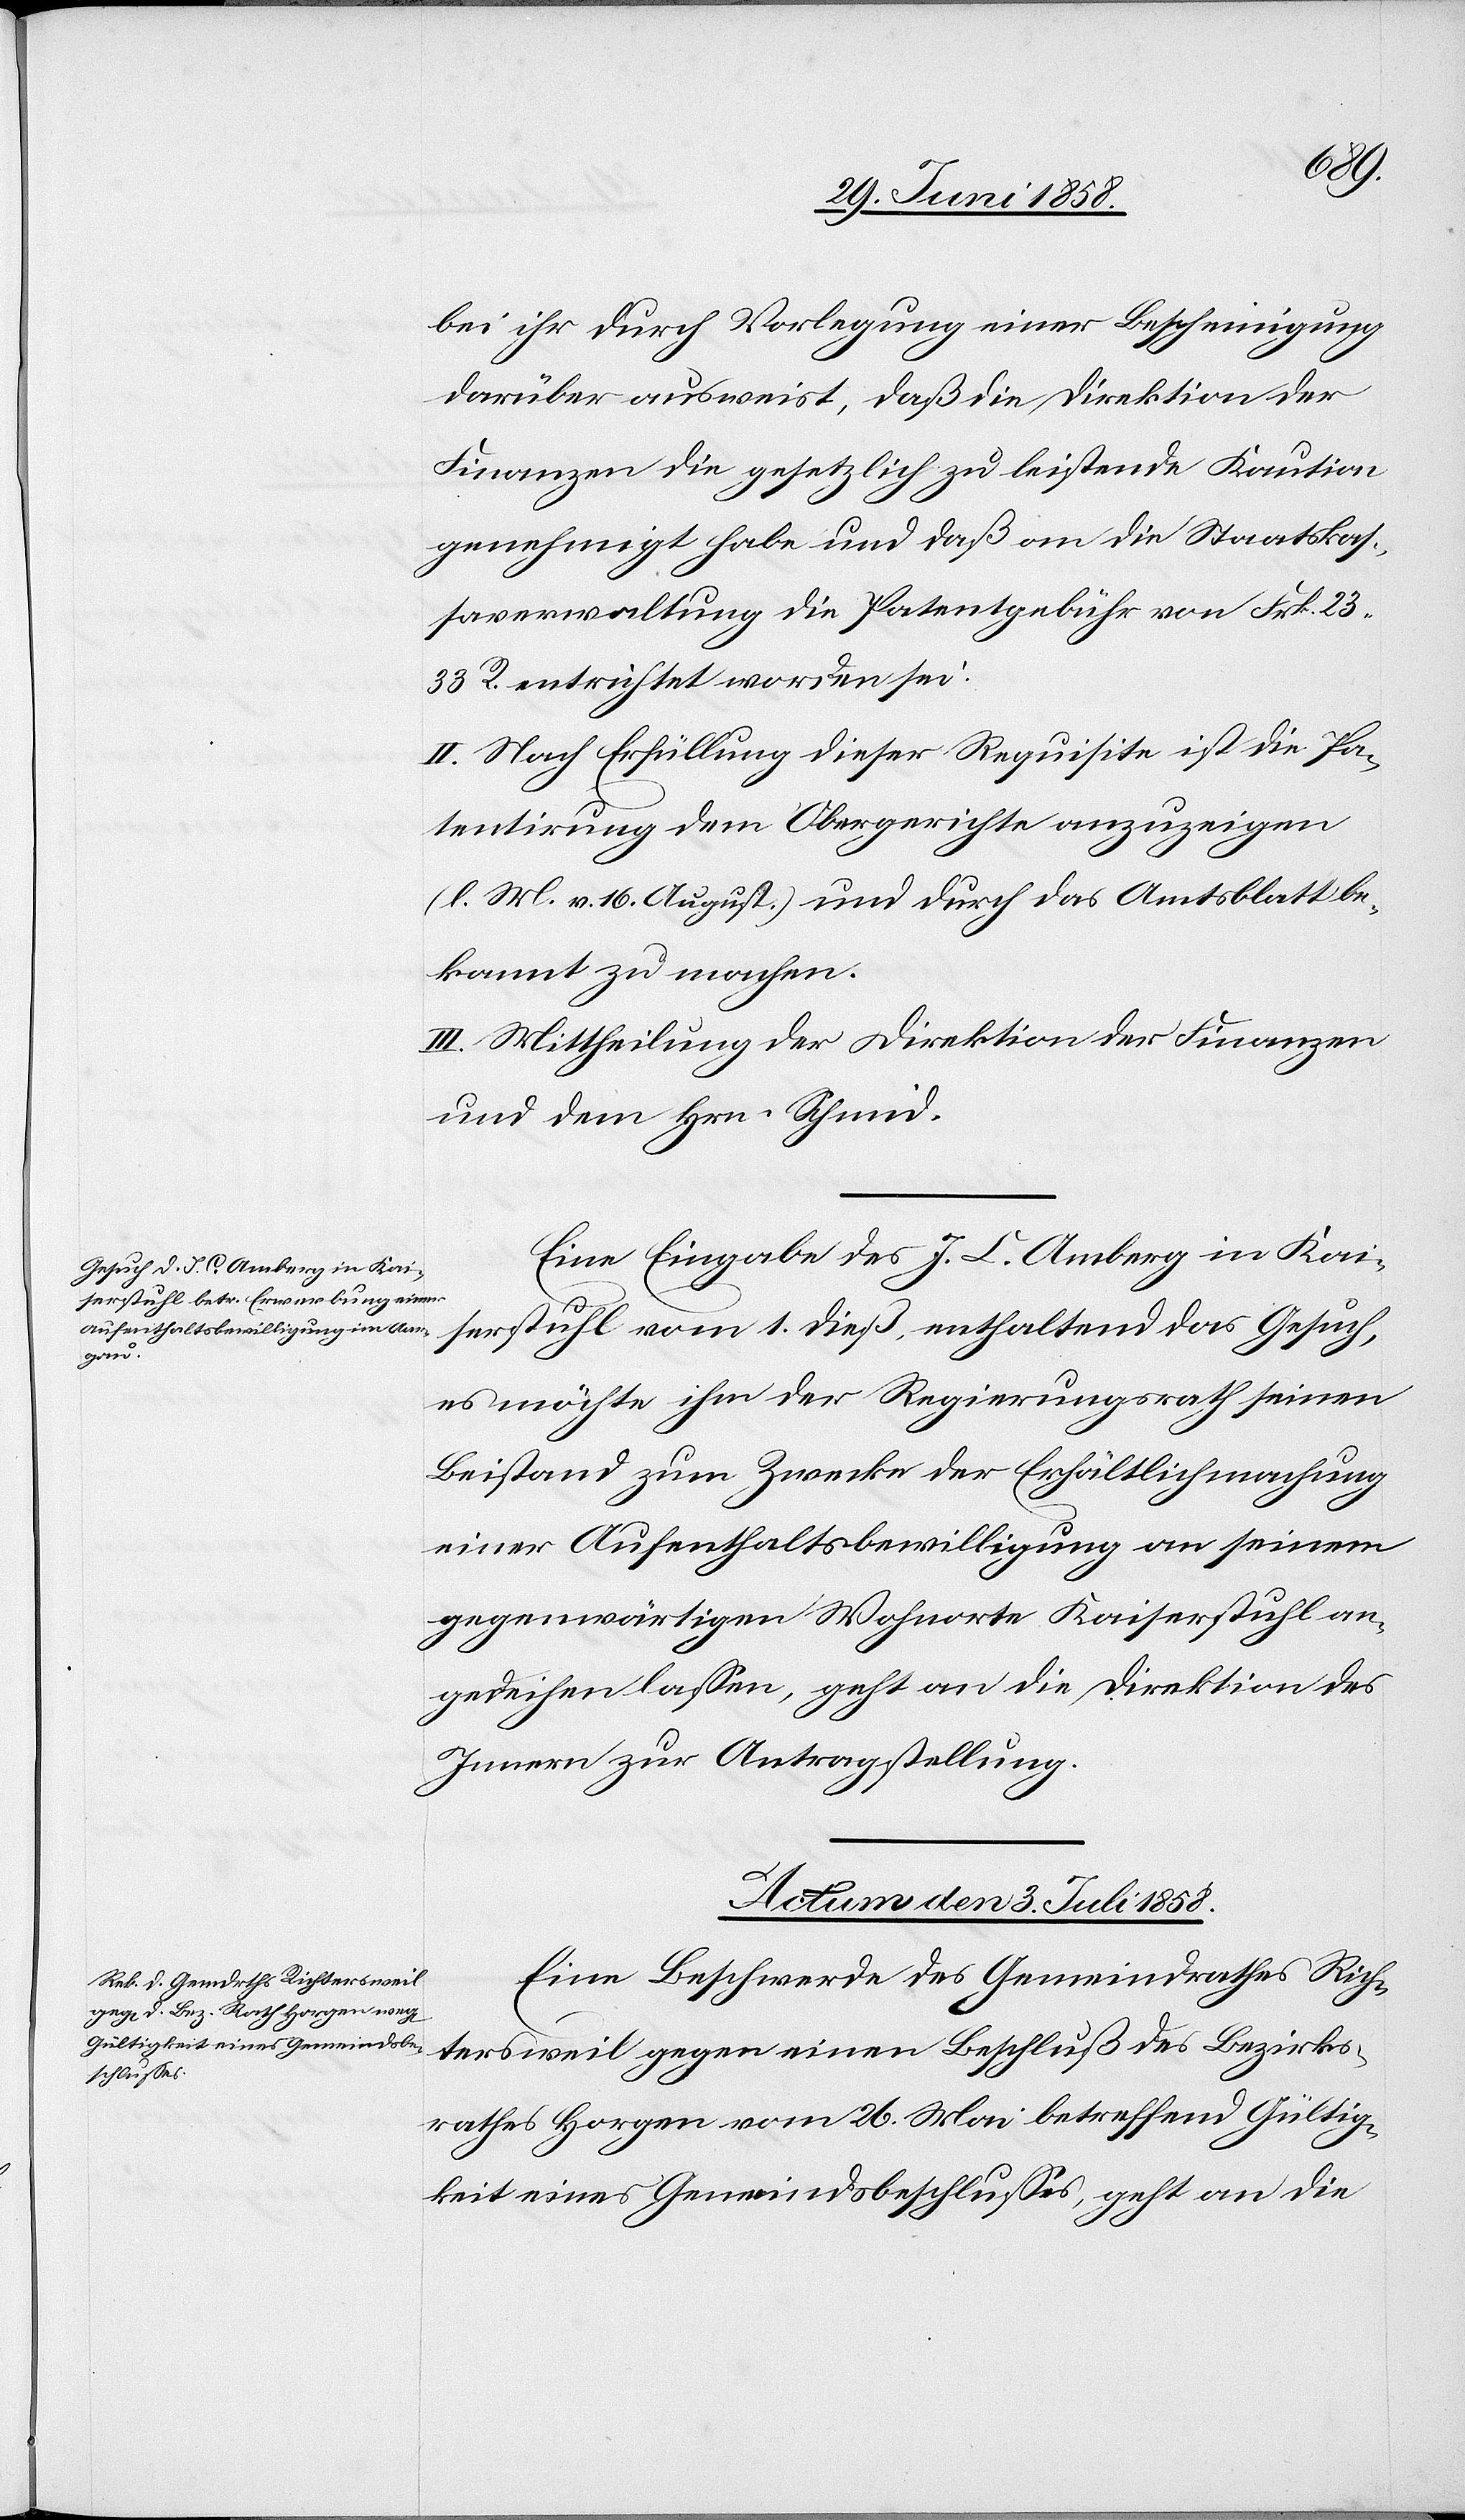
bei ihr durch Vorlegung einer Bescheinigung
darüber ausweist, daß die Direktion der
Finanzen die gesetzlich zu leistende Kaution
genehmigt habe und daß an die Staatskas¬
saverwaltung die Patentgebühr von Frk. 23
33 R. entrichtet worden sei.
II. Nach Erfüllung dieser Requisite ist die Pa¬
tentirung dem Obergerichte anzuzeigen
(l. M. v. 16. August.) und durch das Amtsblatt be¬
kannt zu machen.
III. Mittheilung der Direktion der Finanzen
und dem Hrn. Schmid.
Eine Eingabe des J. C. Amberg in Kai¬
serstuhl vom 1. dieß, enthaltend das Gesuch,
es möchte ihm der Regierungsrath seinen
Beistand zum Zwecke der Erhältlichmachung
einer Aufenthaltsbewilligung an seinem
gegenwärtigen Wohnorte Kaiserstuhl an¬
gedeihen lassen, geht an die Direktion des
Innern zur Antragstellung.
Actum den 3. Juli 1858.
Eine Beschwerde des Gemeindrathes Rich¬
tersweil gegen einen Beschluß des Bezirks¬
rathes Horgen vom 26. Mai betreffend Gültig¬
keit eines Gemeindsbeschlusses, geht an die